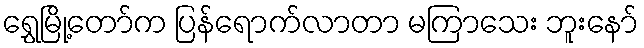
ရွှေမြို့တော်က ပြန်ရောက်လာတာ မကြာသေး ဘူးနော်